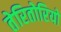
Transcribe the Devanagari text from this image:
तेरितोरियो